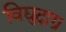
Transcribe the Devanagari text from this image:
विद्युदाग्र